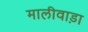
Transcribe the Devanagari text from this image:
मालीवाड़ा